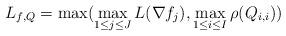
LaTeX: \begin{align*}L_{f, Q} = \max(\max_{1 \leq j \leq J} L(\nabla f_j), \max_{1 \leq i \leq I} \rho(Q_{i,i}))\end{align*}